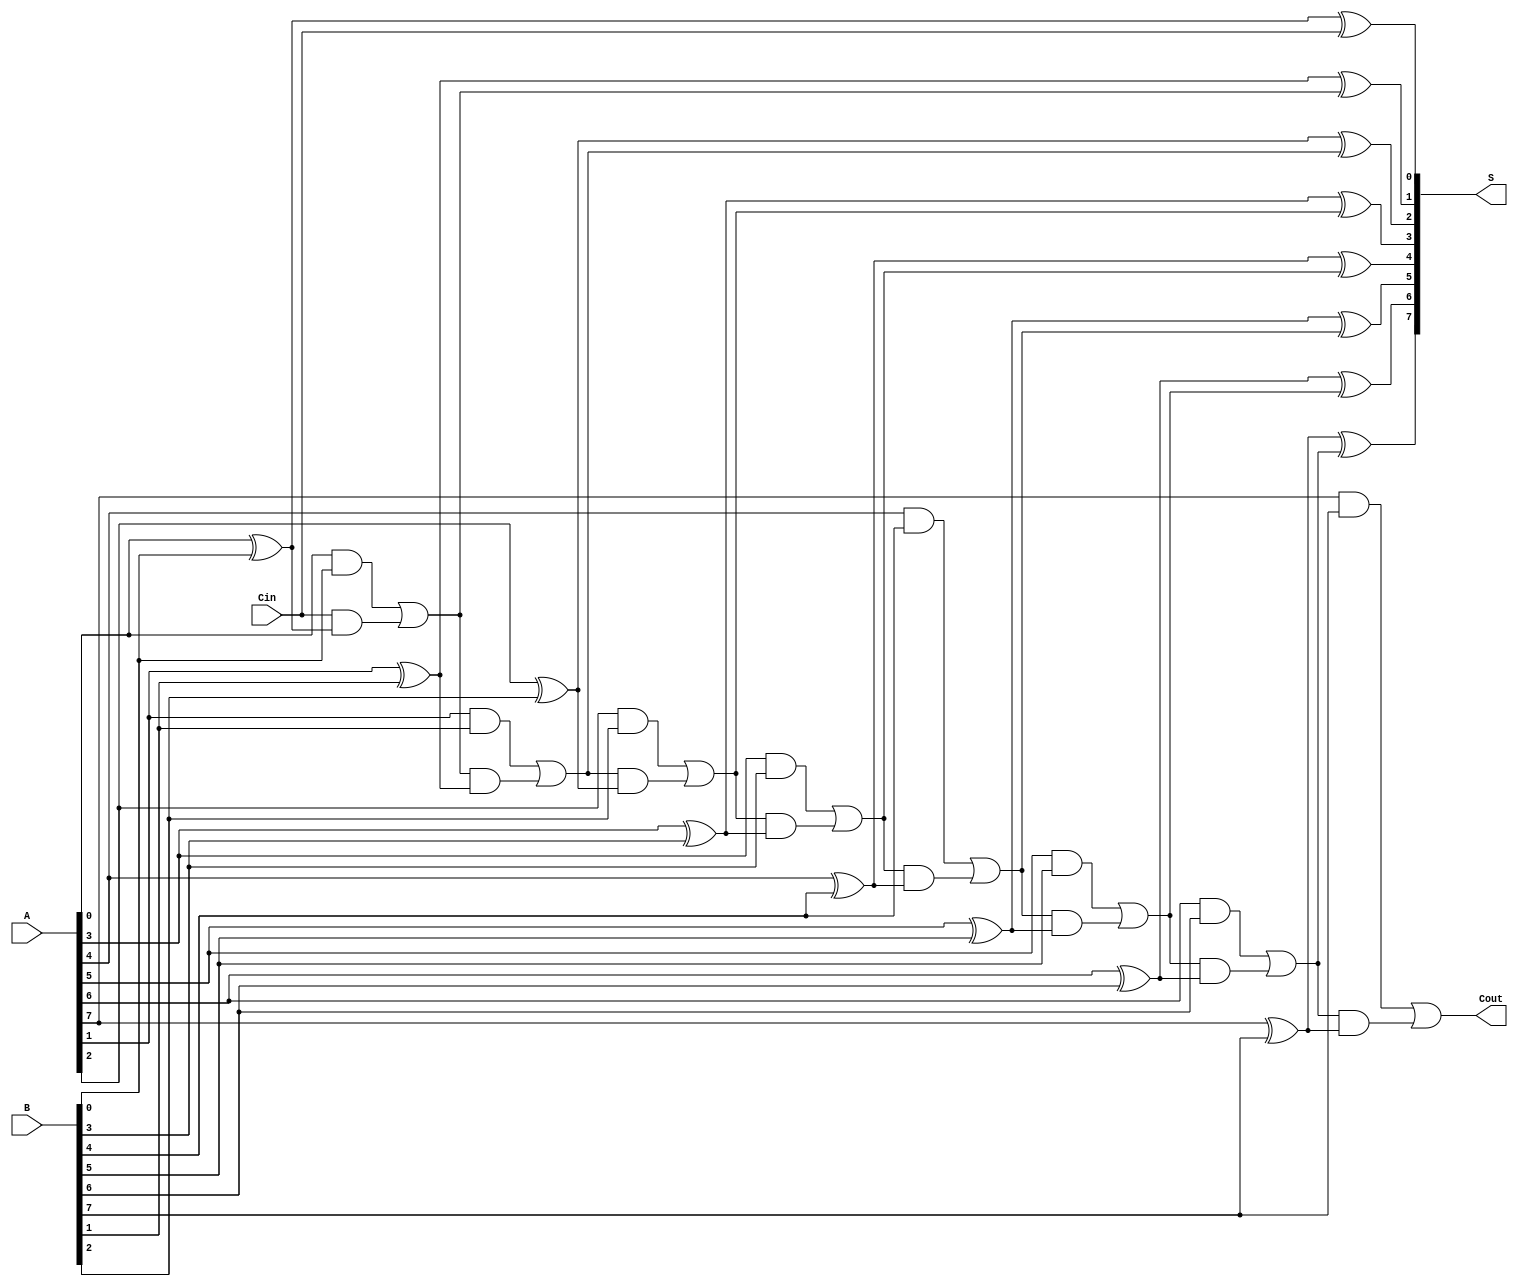
module Ling_Adder #(parameter n = 8) (
    input  [n-1:0] A,    // First n-bit input
    input  [n-1:0] B,    // Second n-bit input
    input        Cin,     // Carry input
    output [n-1:0] S,     // Sum output
    output       Cout     // Carry output
);

    wire [n:0] C;         // Carry bits, C[0] = Cin

    // Generate the carry bits
    assign C[0] = Cin;    

    genvar i;
    generate
        for (i = 0; i < n; i = i + 1) begin : carry_gen
            wire A_and_B = A[i] & B[i];               // A[i] AND B[i]
            wire A_xor_B = A[i] ^ B[i];               // A[i] XOR B[i]

            // Carry Generation Logic
            assign C[i + 1] = A_and_B | (C[i] & A_xor_B);
        end
    endgenerate

    // Generate the sum bits
    generate
        for (i = 0; i < n; i = i + 1) begin : sum_gen
            assign S[i] = A[i] ^ B[i] ^ C[i];          // Sum Calculation
        end
    endgenerate

    // Assign the final carry out
    assign Cout = C[n];                             // Final carry out

endmodule